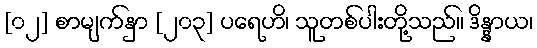
[၀၂] စာမျက်နှာ [၂၀၃] ပရေဟိ၊ သူတစ်ပါးတို့သည်။ ဒိန္နာယ၊